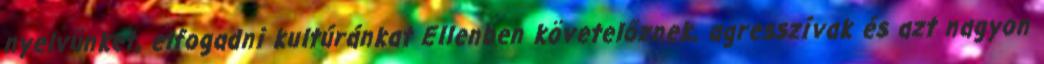
nyelvünket, elfogadni kultúránkat Ellenben követelőznek, agresszívak és azt nagyon